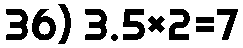
36) 3.5×2=7